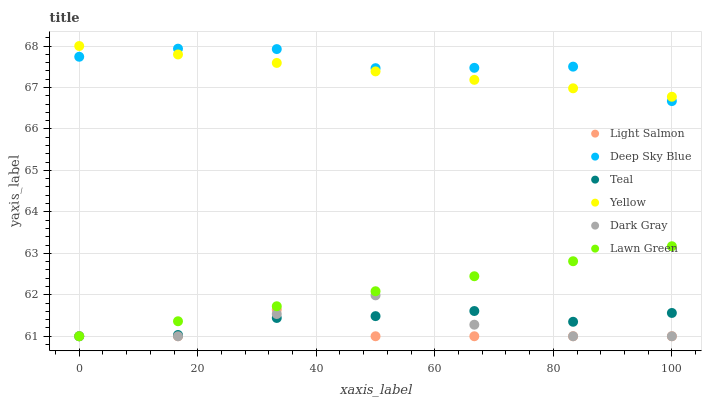
| xaxis_label | Light Salmon | Deep Sky Blue | Teal | Yellow | Dark Gray | Lawn Green |
 | --- | --- | --- | --- | --- | --- | --- |
 | 0 | 61 | 67.7 | 61 | 68 | 61 | 61 |
 | 16.7 | 61 | 67.9 | 61 | 67.8 | 61 | 61.4 |
 | 33.3 | 61.6 | 67.9 | 61.4 | 67.6 | 61.5 | 61.7 |
 | 50 | 61 | 67.5 | 61.5 | 67.4 | 62 | 62.1 |
 | 66.7 | 61 | 67.5 | 61.6 | 67.2 | 61.3 | 62.4 |
 | 83.3 | 61 | 67.5 | 61.3 | 67 | 61 | 62.8 |
 | 100 | 61 | 66.7 | 61.6 | 66.8 | 61 | 63.2 |